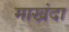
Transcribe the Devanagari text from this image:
माखंदा